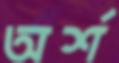
অর্শ